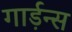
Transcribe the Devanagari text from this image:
गार्ड़न्स